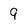
Character: 9